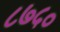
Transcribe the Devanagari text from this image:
८७५०